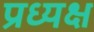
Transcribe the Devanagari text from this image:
प्रध्यक्ष